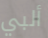
ألبي